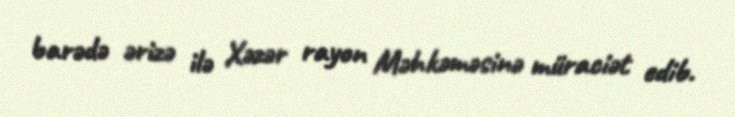
barədə ərizə ilə Xəzər rayon Məhkəməsinə müraciət edib.